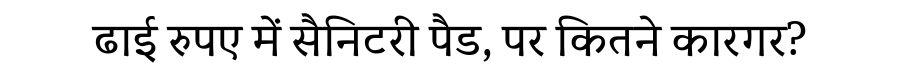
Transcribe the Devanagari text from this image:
ढाई रुपए में सैनिटरी पैड, पर कितने कारगर?